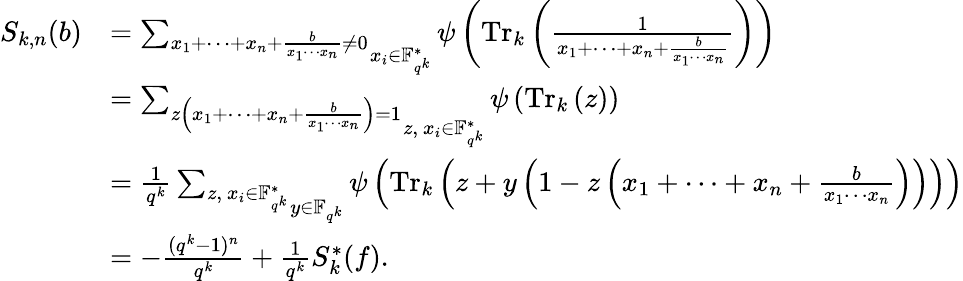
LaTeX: \begin{array}{rl}{S_{k,n}(b)}&{=\mathop{\sum_{x_{1}+\cdots+x_{n}+\frac{b}{x_{1}\cdots x_{n}}\neq 0}}_{x_{i}\in\mathbb{F}_{q^{k}}^{*}}\psi\left(\operatorname{Tr}_{k}\left(\frac{1}{x_{1}+\cdots+x_{n}+\frac{b}{x_{1}\cdots x_{n}}}\right)\right)}\\ &{=\mathop{\sum_{z\left(x_{1}+\cdots+x_{n}+\frac{b}{x_{1}\cdots x_{n}}\right)=1}}_{z,\ x_{i}\in\mathbb{F}_{q^{k}}^{*}}\psi\left(\operatorname{Tr}_{k}\left(z\right)\right)}\\ &{=\frac{1}{q^{k}}\mathop{\sum_{z,\ x_{i}\in\mathbb{F}_{q^{k}}^{*}}}_{y\in\mathbb{F}_{q^{k}}}\psi\left(\operatorname{Tr}_{k}\left(z+y\left(1-z\left(x_{1}+\cdots+x_{n}+\frac{b}{x_{1}\cdots x_{n}}\right)\right)\right)\right)}\\ &{=-\frac{(q^{k}-1)^{n}}{q^{k}}+\frac{1}{q^{k}}S_{k}^{*}(f).}\end{array}